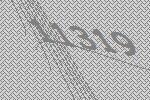
11319